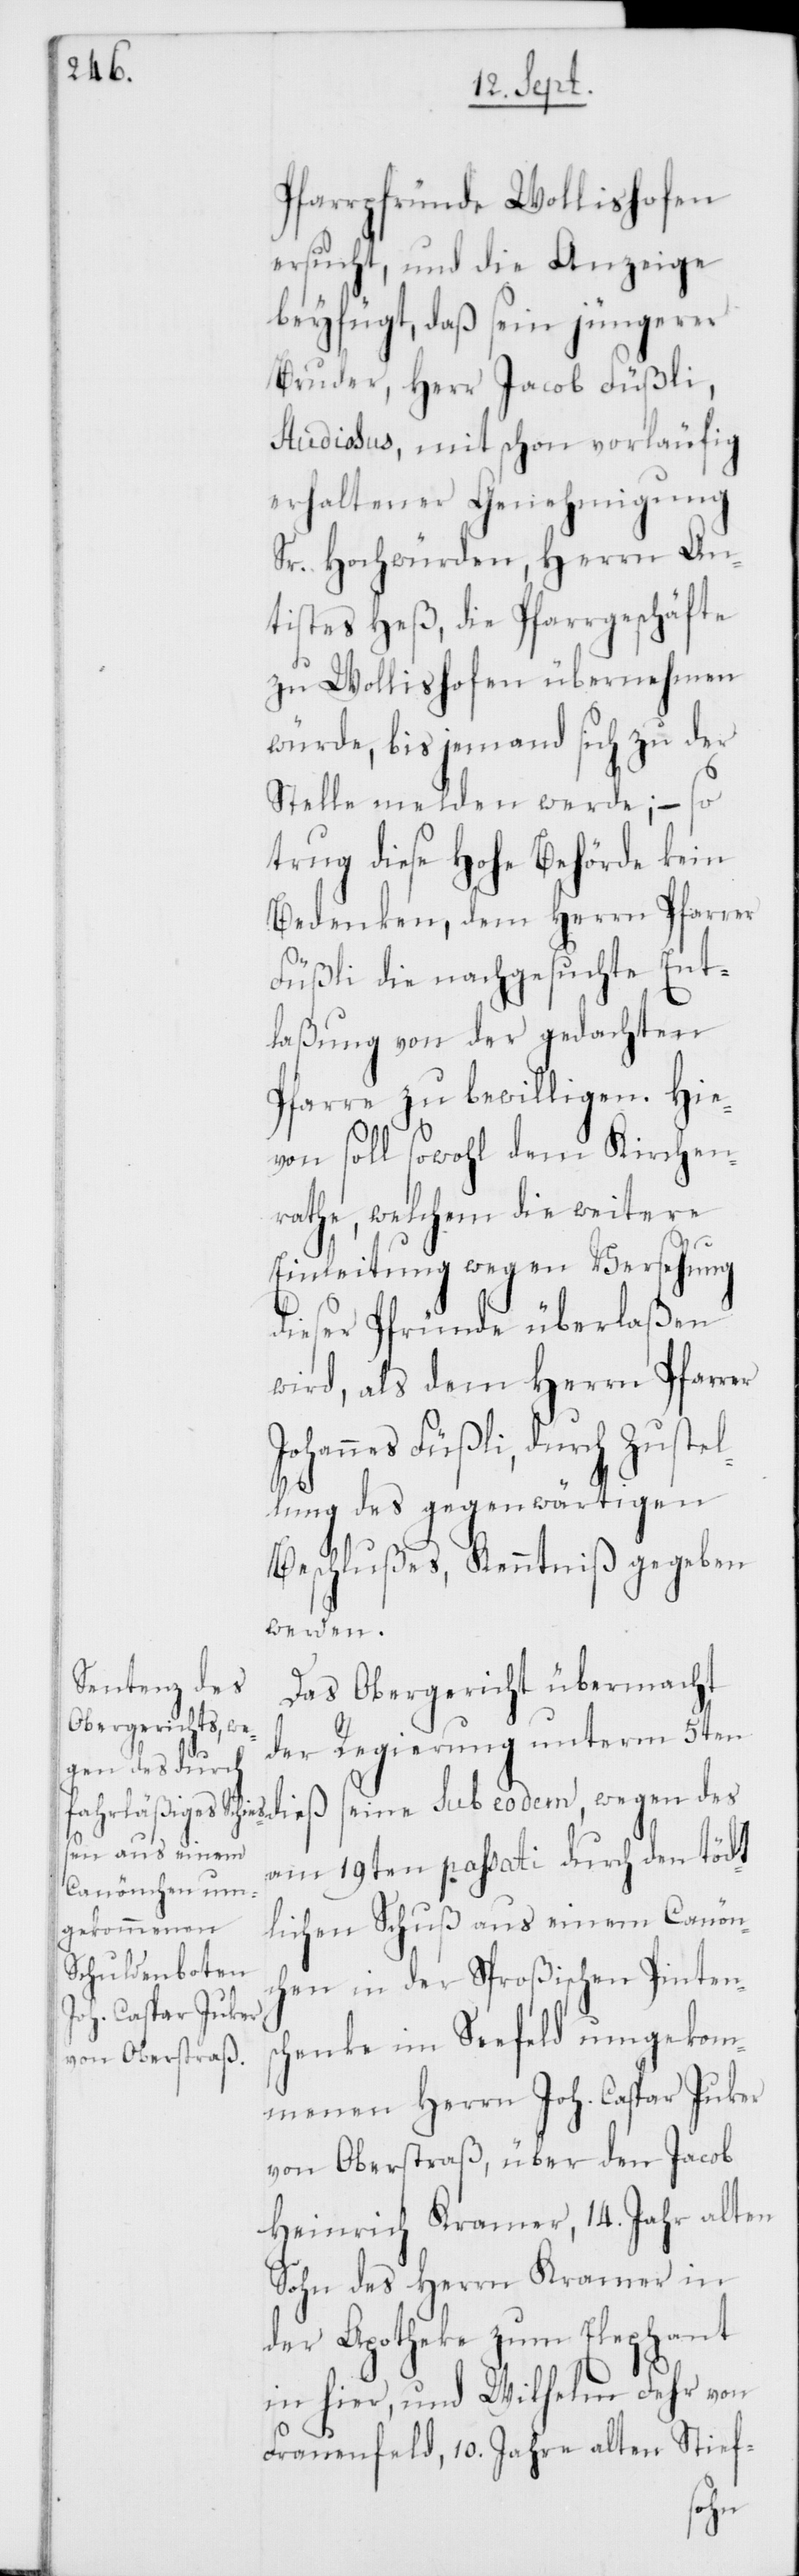
Pfarrpfründe Wollishofen
ersucht, und die Anzeige
beyfügt, daß sein jüngerer
Bruder, Herr Jacob Füßli,
Studiosus, mit schon vorläufig
erhaltener Genehmigung
Sr. Hochwürden Herrn An¬
tistes Heß, die Pfarrgeschäfte
zu Wollishofen übernehmen
würde, bis jemand sich zu der
Stelle melden werde; – so
trug diese Hohe Behörde kein
Bedenken, dem Herrn Pfarrer
Füßli die nachgesuchte Ent¬
laßung von der gedachten
Pfarre zu bewilligen. Hie¬
von soll sowohl dem Kirchen¬
rathe, welchem die weitere
Einleitung wegen Versehung
dieser Pfründe überlaßen
wird, als dem Herrn Pfarrer
Johannes Füßli, durch Zuste¬
llung des gegenwärtigen
Beschlußes, Kenntniß gegeben
werden.
Das Obergericht übermacht
der Regierung unterm 5ten
am 19ten passati durch den tödt¬
lichen Schuß aus einem Canönc¬
hen in der Sproßischen Pintens¬
chenke im Seefeld umgekom¬
menen Herrn Joh. Caspar Juker
von Oberstraß, über den Jacob
Heinrich Kramer, 14. Jahr alten
Sohn des Herrn Kramer in
der Apotheke zum Elephant
in hier, und Wilhelm Fehr von
Frauenfeld, 10. Jahre alten Stief-
wegen